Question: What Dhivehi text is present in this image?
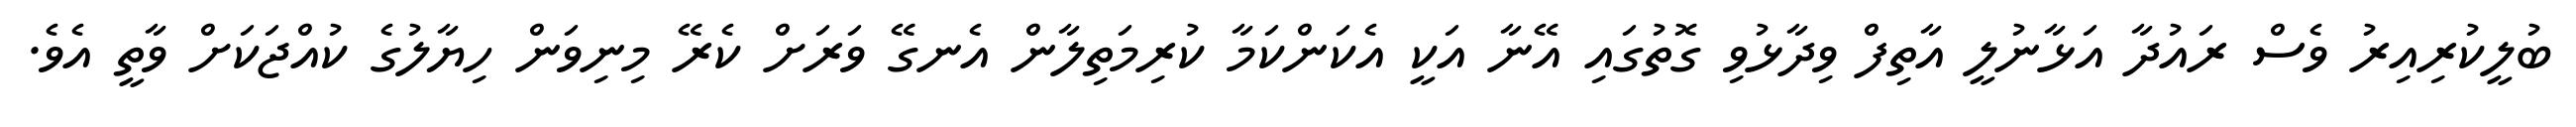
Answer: ބުލީކުރިއިރު ވެސް ރައުދާ އަޅާނުލީ އާތިފް ވިދާޅުވި ގޮތުގައި އޭނާ އަކީ އެކަންކަމާ ކުރިމަތިލާން އެނގޭ ވަރަށް ކެރޭ މިނިވަން ހިޔާލުގެ ކުއްޖަކަށް ވާތީ އެވެ.